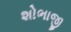
શોભાજી